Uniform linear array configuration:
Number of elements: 16
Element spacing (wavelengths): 0.5
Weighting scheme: binomial
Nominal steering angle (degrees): -45
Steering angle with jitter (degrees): -46.421
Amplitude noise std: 0.05
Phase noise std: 0.05

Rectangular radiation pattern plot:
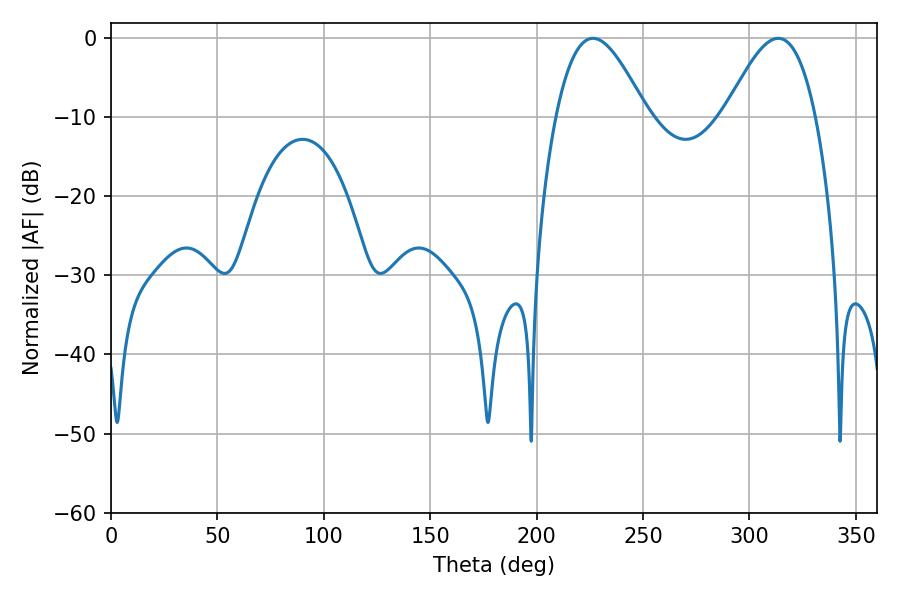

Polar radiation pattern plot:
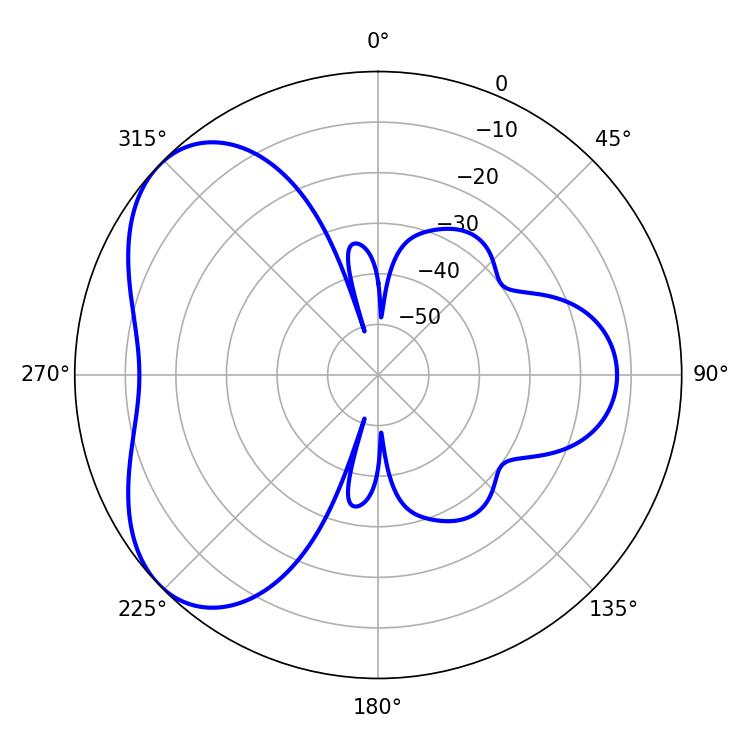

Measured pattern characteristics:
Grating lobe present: FALSE
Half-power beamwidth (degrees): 22.86
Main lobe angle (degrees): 226.44